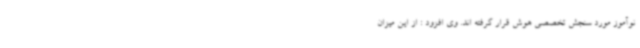
نوآموز مورد سنجش تخصصی هوش قرار گرفته اند. وی افزود : از این میزان